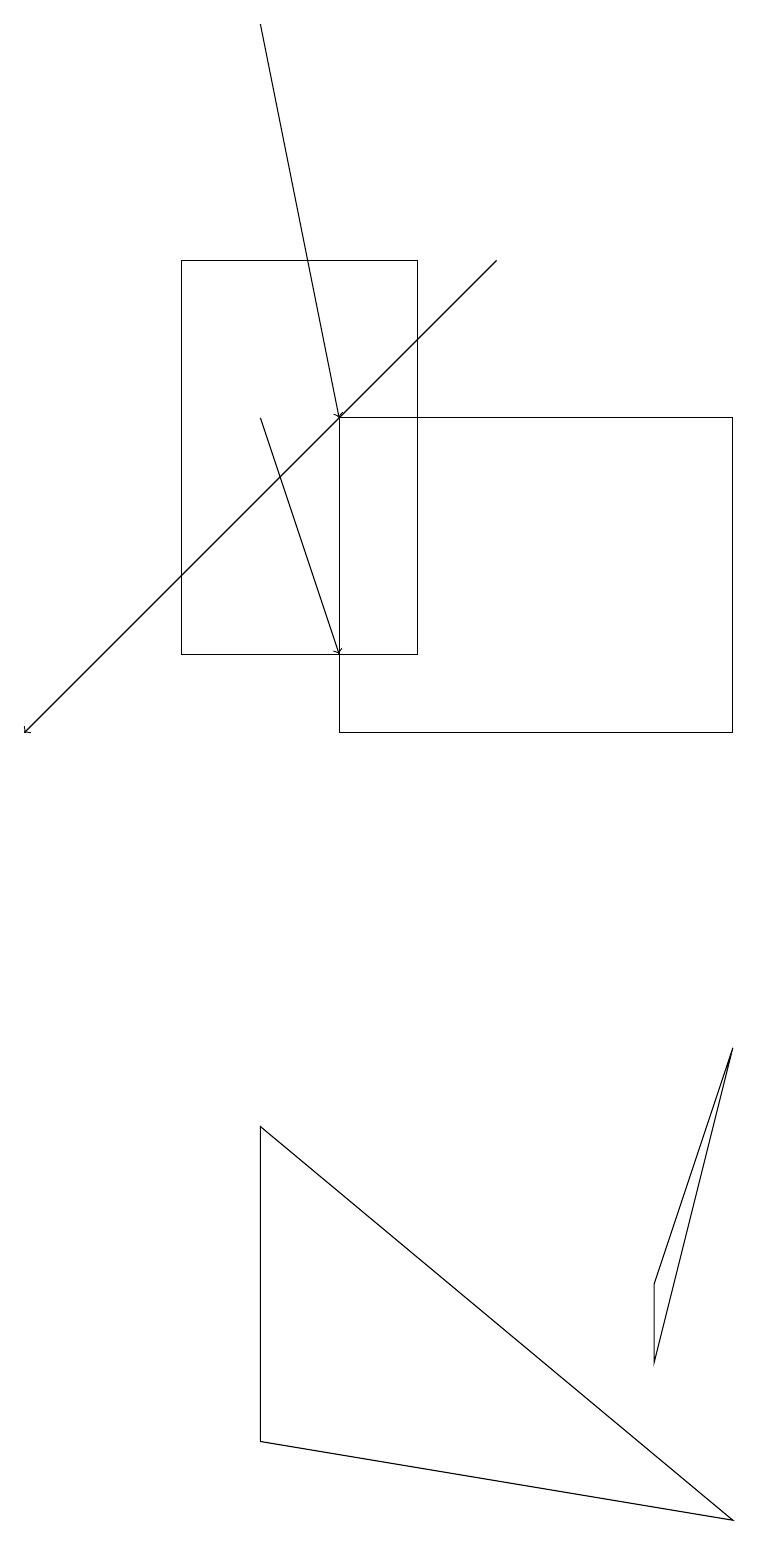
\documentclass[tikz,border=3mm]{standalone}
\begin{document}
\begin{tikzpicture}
\draw (4,14) rectangle (9,10);
\draw (8,2) -- (9,6) -- (8,3) -- cycle;
\draw[->] (3,14) -- (4,11);
\draw (5,16) rectangle (2,11);
\draw[->] (6,16) -- (0,10);
\draw[->] (3,19) -- (4,14);
\draw (3,1) -- (3,5) -- (9,0) -- cycle;
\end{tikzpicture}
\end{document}